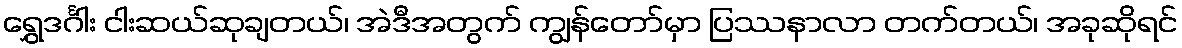
ရွှေဒင်္ဂါး ငါးဆယ်ဆုချတယ်၊ အဲဒီအတွက် ကျွန်တော်မှာ ပြဿနာလာ တက်တယ်၊ အခုဆိုရင်